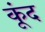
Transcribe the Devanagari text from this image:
कूंद